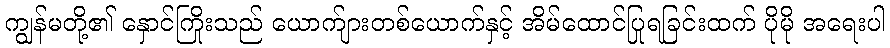
ကျွန်မတို့၏ နှောင်ကြိုးသည် ယောက်ျားတစ်ယောက်နှင့် အိမ်ထောင်ပြုရခြင်းထက် ပိုမို အရေးပါ